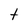
Character: t